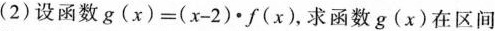
(2)设函数$$g(x)=(x-2)\cdot f(x)$$，求函数g(x)在区间